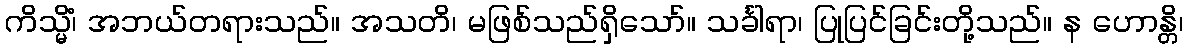
ကိသ္မိံ၊ အဘယ်တရားသည်။ အသတိ၊ မဖြစ်သည်ရှိသော်။ သင်္ခါရာ၊ ပြုပြင်ခြင်းတို့သည်။ န ဟောန္တိ၊